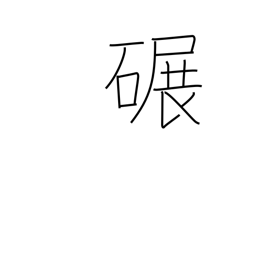
Meaning: grind